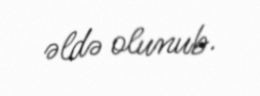
əldə olunub.